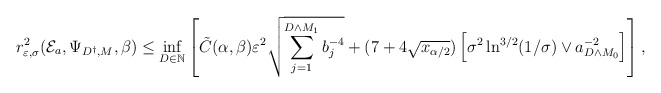
\begin{align*} r_{\varepsilon,\sigma}^2(\mathcal{E}_a,\Psi_{D^\dagger,M},\beta) \leq \inf_{D \in \mathbb{N}}\left[\tilde C(\alpha,\beta) \varepsilon^2 \sqrt{\sum_{j=1}^{D \wedge M_1} b_j^{-4}} + (7+4\sqrt{x_{\alpha/2}}) \left[\sigma^2 \ln^{3/2}(1/\sigma) \vee a^{-2}_{D \wedge M_0}\right] \right],\end{align*}